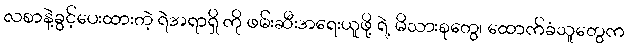
လစာနဲ့ခွင့်ပေးထားတဲ့ ရဲအရာရှိ ကို ဖမ်းဆီးအရေးယူဖို့ ရဲ့ မိသားစုတွေ၊ ထောက်ခံသူတွေက